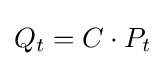
Q_{t}=C\cdot P_{t}